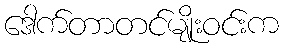
ဒေါက်တာတင်မျိုးဝင်းက